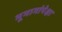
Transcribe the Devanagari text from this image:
भूभागांपेक्षा